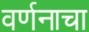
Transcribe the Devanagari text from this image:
वर्णनाचा